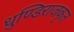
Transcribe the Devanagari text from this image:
धुण्डिराजकृत